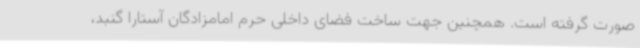
صورت گرفته است. همچنین جهت ساخت فضای داخلی حرم امامزادگان آستارا گنبد،